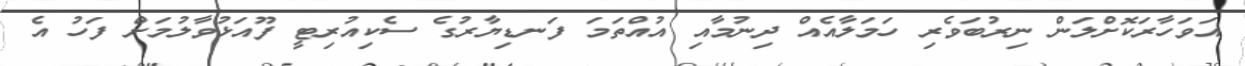
އަވަހާރަކޮށްލަން ނިރުބަވެރި ހަމަލާއެއް ދިނުމާއި އުއްތަމަ ފަނޑިޔާރުގެ ސެކިއުރިޓީ ފޫއަޅުވާލުމަށް ފަހު އެ